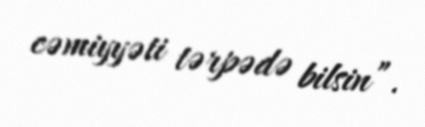
cəmiyyəti tərpədə bilsin”.